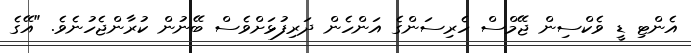
އެންޓި ޑީ ވެކްސިން ޖޭމްސް ހެރިސަންގެ އަންހެން ދަރިފުޅަށްވެސް ބޭނުން ކުރާންޖެހުނެވެ. "އޭގެ